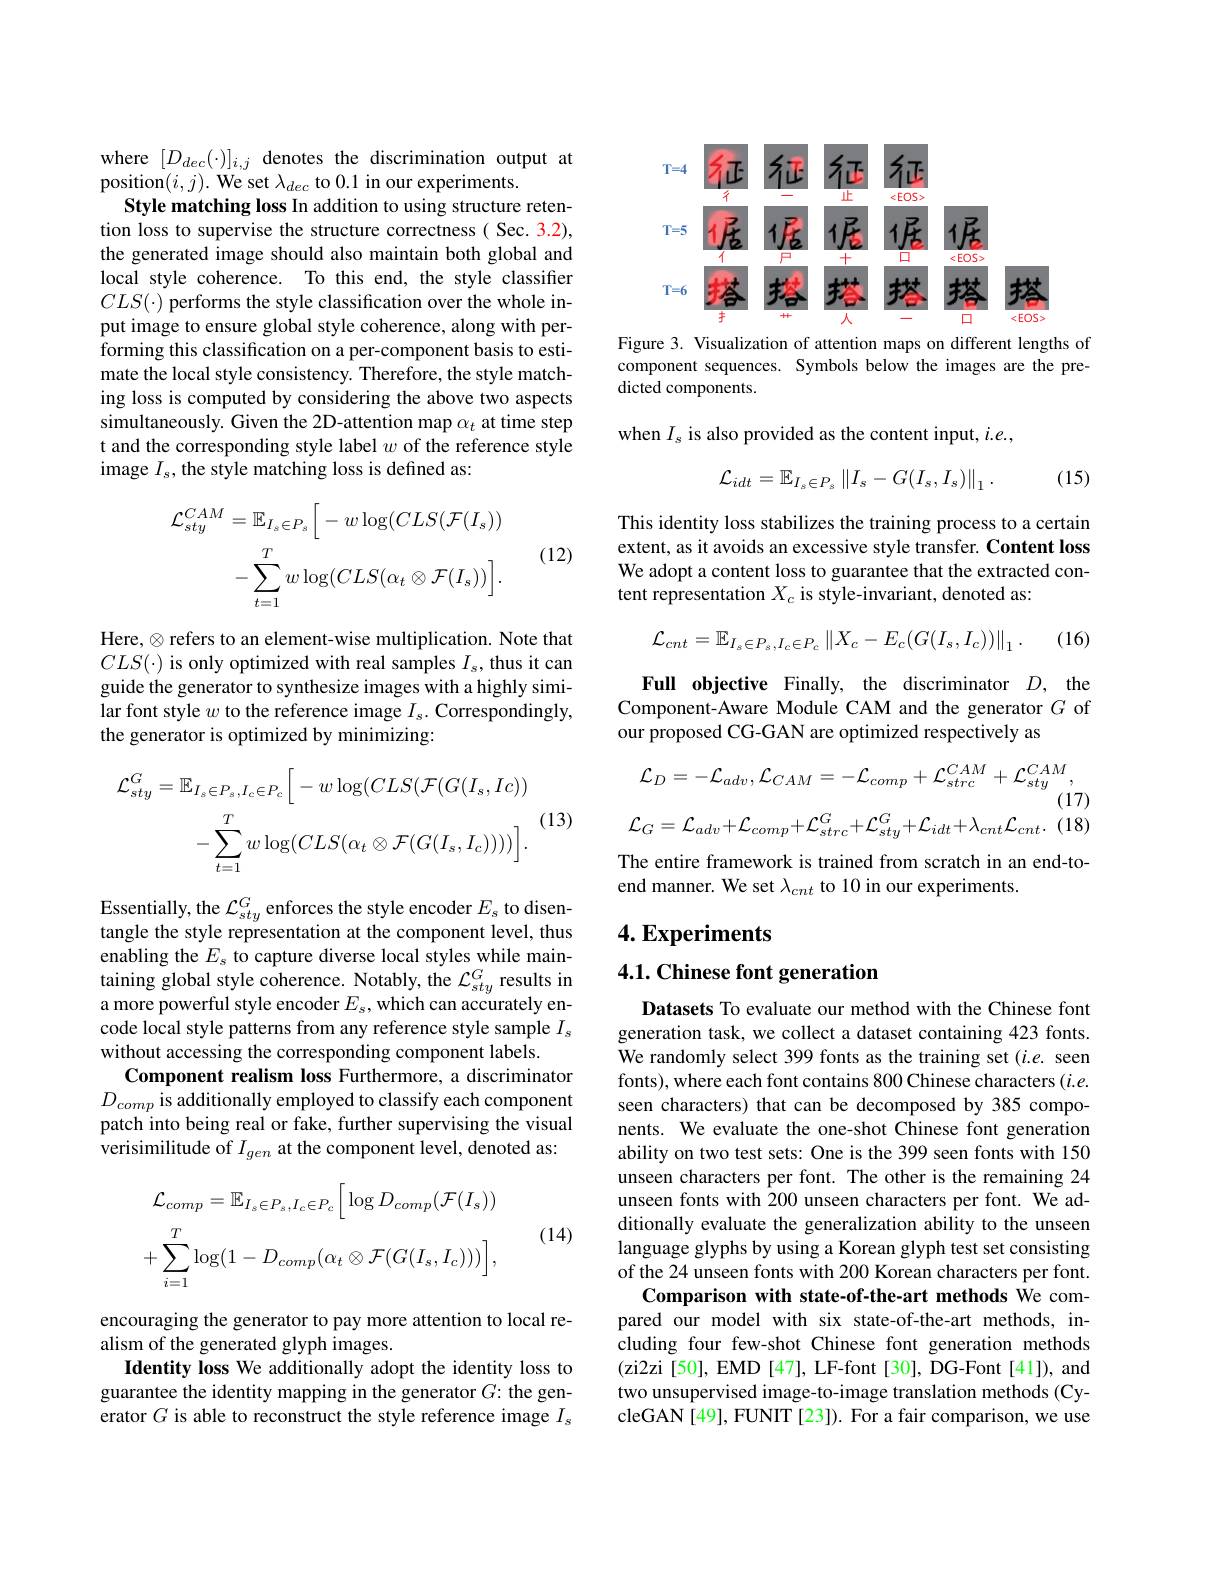
where $[D_{dec}(\cdot)]_{i,j}$ denotes the discrimination output at
position$(i,j).$ We set $\lambda_dec$ to 0.1 in our experiments.
Style matching loss In addition to using structure retention loss to supervise the structure correctness( Sec. 3.2), the generated image should also maintain both global and local style coherence. To this end, the style classifier $CLS(\cdot)$ performs the style classification over the whole input image to ensure global style coherence, along with performing this classification on a per-component basis to estimate the local style consistency. Therefore, the style matching loss is computed by considering the above two aspects simultaneously. Given the 2D-attention map $\alpha_t$ at time step t and the corresponding style label $w$ of the reference style image $I_s$,the style matching loss is defined as:
$$\begin{aligned}\mathcal{L}_{sty}^{CAM}&=\mathbb{E}_{I_{s}\in P_{s}}\bigg[-w\log(CLS(\mathcal{F}(I_{s}))\\&-\sum_{t=1}^{T}w\log(CLS(\alpha_{t}\otimes\mathcal{F}(I_{s}))\bigg].\end{aligned}$$
(12)

Here, $\otimes$ refers to an element-wise multiplication. Note that $CLS(\cdot)$ is only optimized with real samples $I_s$, thus it can guide the generator to synthesize images with a highly similar font style $w$ to the reference image $I_s.$ Correspondingly, the generator is optimized by minimizing:
$$\begin{aligned}\mathcal{L}_{sty}^{G}&=\mathbb{E}_{I_{s}\in P_{s},I_{c}\in P_{c}}\bigg[-w\log(CLS(\mathcal{F}(G(I_{s},Ic))\\&-\sum_{t=1}^{T}w\log(CLS(\alpha_{t}\otimes\mathcal{F}(G(I_{s},I_{c}))))\bigg].\end{aligned}$$
Essentially, the $\mathcal{L}_sty^G$ enforces the style encoder $E_s$ to disentangle the style representation at the component level, thus enabling the $E_s$ to capture diverse local styles while maintaining global style coherence. Notably, the $\mathcal{L}_sty^G$ results in a more powerful style encoder $E_s$, which can accurately encode local style patterns from any reference style sample $I_s$ without accessing the corresponding component labels.
Component realism loss Furthermore, a discriminator $D_{comp}$ is additionally employed to classify each component patch into being real or fake, further supervising the visual verisimilitude of $I_{gen}$ at the component level, denoted as:
$$\begin{aligned}&\mathcal{L}_{comp}=\mathbb{E}_{I_{s}\in P_{s},I_{c}\in P_{c}}\bigg[\log D_{comp}(\mathcal{F}(I_{s}))\\&+\sum_{i=1}^{T}\log(1-D_{comp}(\alpha_{t}\otimes\mathcal{F}(G(I_{s},I_{c})))\bigg],\end{aligned}$$
(14)

encouraging the generator to pay more attention to local re-
alism of the generated glyph images.
Identity loss We additionally adopt the identity loss to guarantee the identity mapping in the generator $G{:}$ the generator $G$ is able to reconstruct the style reference image $I_s$

<FigureHere>

Figure 3. Visualization of attention maps on different lengths of component sequences. Symbols below the images are the predicted components.

when $I_{s}$ is also provided as the content input, $i.e.$,

(15)
$$\mathcal{L}_{idt}=\mathbb{E}_{I_{s}\in P_{s}}\left\|I_{s}-G(I_{s},I_{s})\right\|_{1}.$$
This identity loss stabilizes the training process to a certain extent, as it avoids an excessive style transfer. Content loss We adopt a content loss to guarantee that the extracted content representation $X_c$ is style-invariant, denoted as:
$$\mathcal{L}_{cnt}=\mathbb{E}_{I_{s}\in P_{s},I_{c}\in P_{c}}\left\|X_{c}-E_{c}(G(I_{s},I_{c}))\right\|_{1}.$$
(16)

Full objective Finally, the discriminator $D$, the Component-Aware Module CAM and the generator $G$ of our proposed CG-GAN are optimized respectively as
$$\mathcal L_{D}=-\mathcal L_{adv},\mathcal L_{CAM}=-\mathcal L_{comp}+\mathcal L_{strc}^{CAM}+\mathcal L_{sty}^{CAM},$$
(17)

(18)
$$\mathcal{L}_{G}=\mathcal{L}_{adv}+\mathcal{L}_{comp}+\mathcal{L}_{strc}^{G}+\mathcal{L}_{sty}^{G}+\mathcal{L}_{idt}+\lambda_{cnt}\mathcal{L}_{cnt}.$$
The entire framework is trained from scratch in an end-to-
end manner. We set $\lambda_{cnt}$ to 10 in our experiments.

# 4. Experiments

4.1. Chinese font generation

Datasets To evaluate our method with the Chinese font generation task, we collect a dataset containing 423 fonts. We randomly select 399 fonts as the training set (i.e. seen fonts), where each font contains 800 Chinese characters (i.e. seen characters) that can be decomposed by 385 components. We evaluate the one-shot Chinese font generation ability on two test sets: One is the 399 seen fonts with 150 unseen characters per font. The other is the remaining 24 unseen fonts with 200 unseen characters per font. We additionally evaluate the generalization ability to the unseen language glyphs by using a Korean glyph test set consisting of the 24 unseen fonts with 200 Korean characters per font.
Comparison with state-of-the-art methods We compared our model with six state-of-the-art methods, including four few-shot Chinese font generation methods (zi2zi[50], EMD[47], LF-font[30], DG-Font[41]), and two unsupervised image-to-image translation methods (CycleGAN[49], FUNIT [23]). For a fair comparison, we use